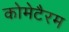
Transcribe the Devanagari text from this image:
कोमेटैरम